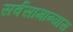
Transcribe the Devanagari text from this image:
सर्वसामान्यास